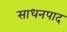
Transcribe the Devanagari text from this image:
साधनपाद